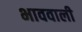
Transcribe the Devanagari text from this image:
भाववाली